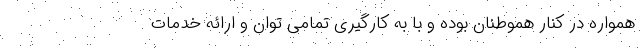
همواره در کنار هموطنان بوده و با به کارگیری تمامی توان و ارائه خدمات